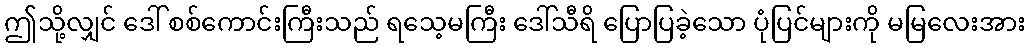
ဤသို့လျှင် ဒေါ် စစ်ကောင်းကြီးသည် ရသေ့မကြီး ဒေါ်သီရိ ပြောပြခဲ့သော ပုံပြင်များကို မမြလေးအား